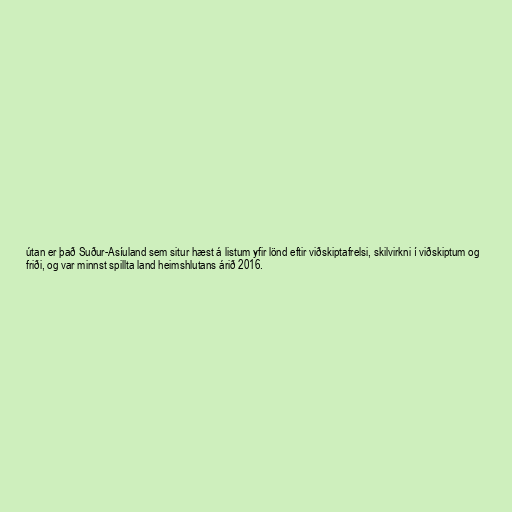
útan er það Suður-Asíuland sem situr hæst á listum yfir lönd eftir viðskiptafrelsi, skilvirkni í viðskiptum og
friði, og var minnst spillta land heimshlutans árið 2016.